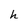
Character: h